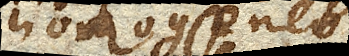
homogeneo